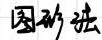
图形班